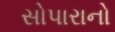
સોપારાનો